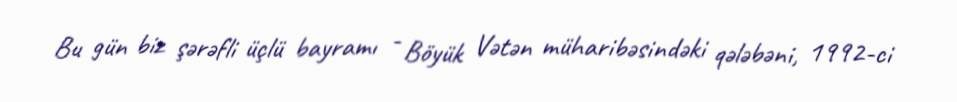
Bu gün biz şərəfli üçlü bayramı - Böyük Vətən müharibəsindəki qələbəni, 1992-ci